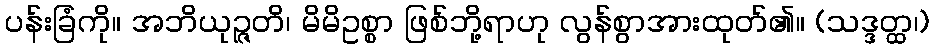
ပန်းခြံကို။ အဘိယုဉ္ဇတိ၊ မိမိဥစ္စာ ဖြစ်ဘို့ရာဟု လွန်စွာအားထုတ်၏။ (သဒ္ဒတ္ထ၊)